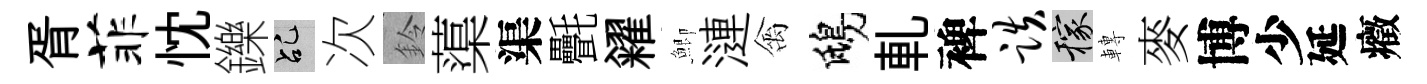
胥菲忱鑠乩次鈴蕖渠㲲糴鯽漣禽鴟軋裨跌稼轉麥博少延癥